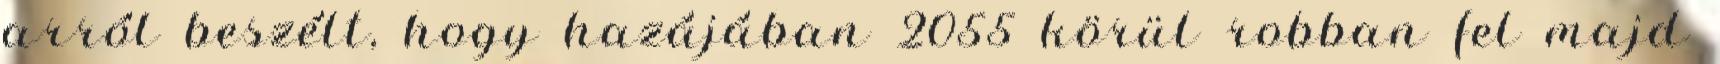
arról beszélt, hogy hazájában 2055 körül robban fel majd